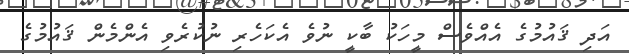
އަދި ޤައުމުގެ އެއްވެސް މީހަކު ބާކީ ނުވެ އެކަހެރި ނުކުރެވި އެންމެން ޤައުމުގެ